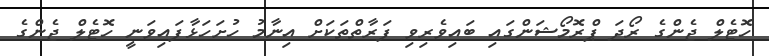
ހޮޓެލް ޖެންގެ ރޯދަ ޕްރޮމޯޝަންގައި ބައިވެރިވި ފަރާތްތަކަށް އިނާމު ހުށަހަޅާފައިވަނީ ހޮޓެލް ޖެންގެ